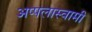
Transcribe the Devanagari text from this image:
अप्पलास्वामी